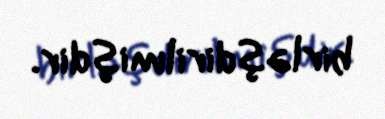
birləşdirilmişdir.